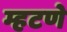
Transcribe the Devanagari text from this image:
म्हटणे